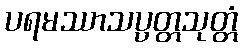
ပရမဿာသပ္ပတ္တသုတ္တံ